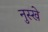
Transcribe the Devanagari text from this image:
नुस्‍खे